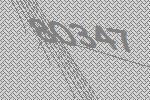
80347